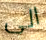
الى